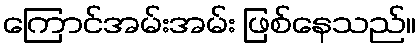
ကြောင်အမ်းအမ်း ဖြစ်နေသည်။